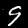
Label: 9